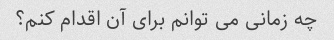
چه زمانی می توانم برای آن اقدام کنم؟